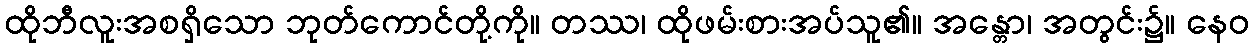
ထိုဘီလူးအစရှိသော ဘုတ်ကောင်တို့ကို။ တဿ၊ ထိုဖမ်းစားအပ်သူ၏။ အန္တော၊ အတွင်း၌။ နေဝ